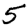
Digit: 5